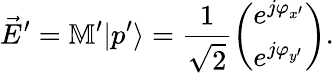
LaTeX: \vec{E}^{\prime}=\mathbb{M}^{\prime}|p^{\prime}\rangle=\frac{1}{\sqrt{2}}\left(\begin{array}{l}{e^{j\varphi_{x^{\prime}}}}\\ {e^{j\varphi_{y^{\prime}}}}\end{array}\right).